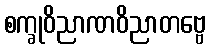
စက္ခုဝိညာဏဝိညာတဗ္ဗေ